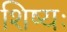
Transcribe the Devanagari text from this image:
शिष्यः